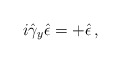
\begin{align*}i\hat{\gamma}_{y}\hat{\epsilon}=+\hat{\epsilon}\, ,\end{align*}